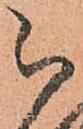
被